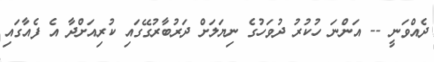
ދެއްވަނީ -- އަންނަ ހުކުރު ދުވަހުގެ ނިޔަލަށް ދަރުބާރުގޭގައި ކުރިއަށްދާ އެ ފެއާގައި